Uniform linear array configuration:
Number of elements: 48
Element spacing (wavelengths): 1
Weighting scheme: blackman
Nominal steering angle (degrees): -60
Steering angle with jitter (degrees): -58.181
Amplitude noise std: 0.05
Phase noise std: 0.05

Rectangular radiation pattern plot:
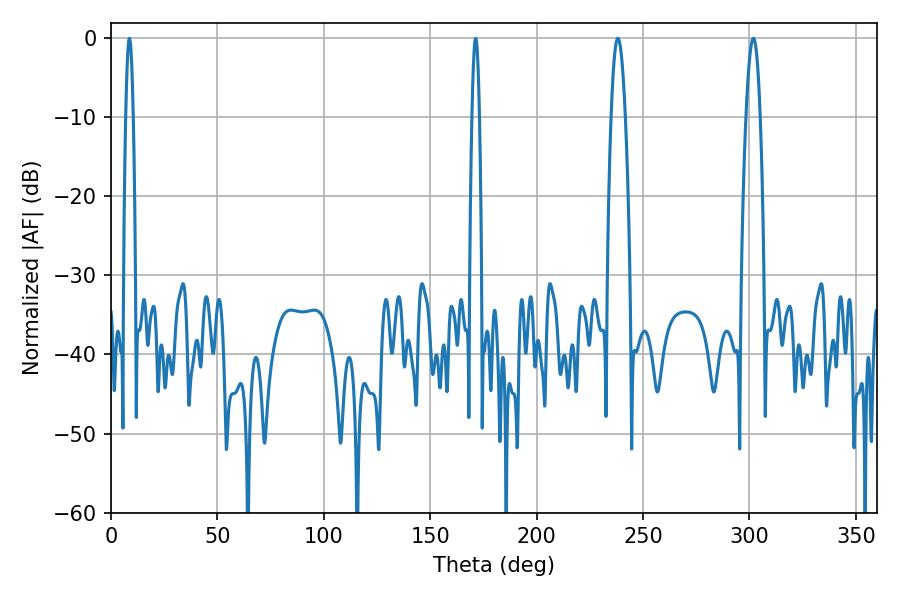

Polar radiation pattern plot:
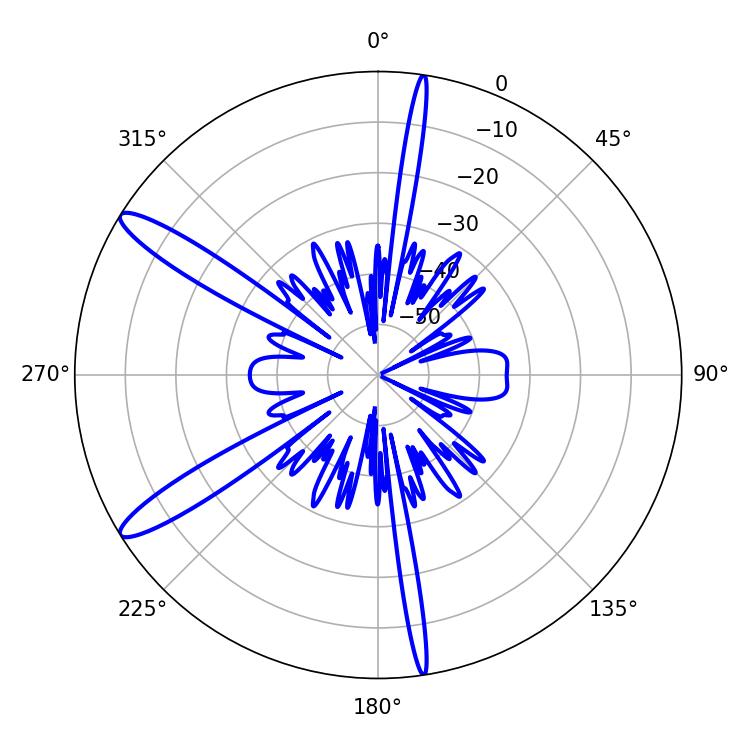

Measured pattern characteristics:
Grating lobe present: TRUE
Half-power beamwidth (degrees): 1.8
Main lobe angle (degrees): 8.64